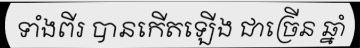
ទាំងពីរ បានកើតឡើង ជាច្រើន ឆ្នាំ